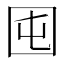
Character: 囤